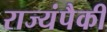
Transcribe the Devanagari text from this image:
राज्यंपैकी